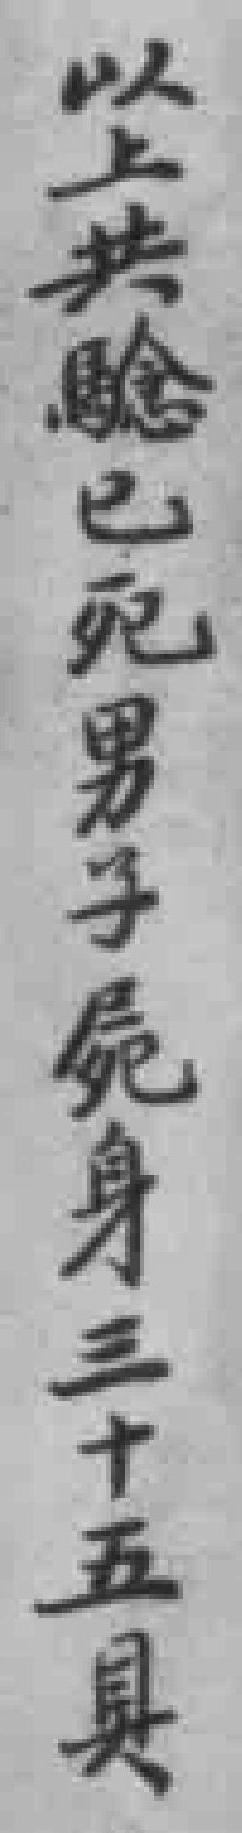
以上共騐已死男子屍身三十五具